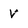
Character: V